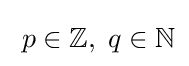
\;p\in \mathbb {Z} ,\;q\in \mathbb {N}